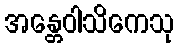
အန္တေဝါသိကေသု